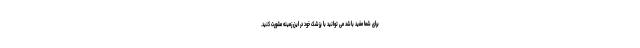
برای شما مفید باشد می توانید با پزشک خود در این زمینه مشورت کنید.